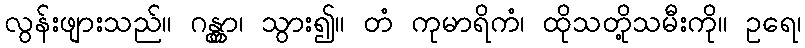
လွန်းဖျားသည်။ ဂန္တွာ၊ သွား၍။ တံ ကုမာရိကံ၊ ထိုသတို့သမီးကို။ ဥရေ၊